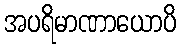
အပရိမာဏာယောပိ